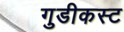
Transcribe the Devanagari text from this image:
गुडीकस्ट